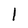
Character: l